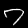
Digit: 7